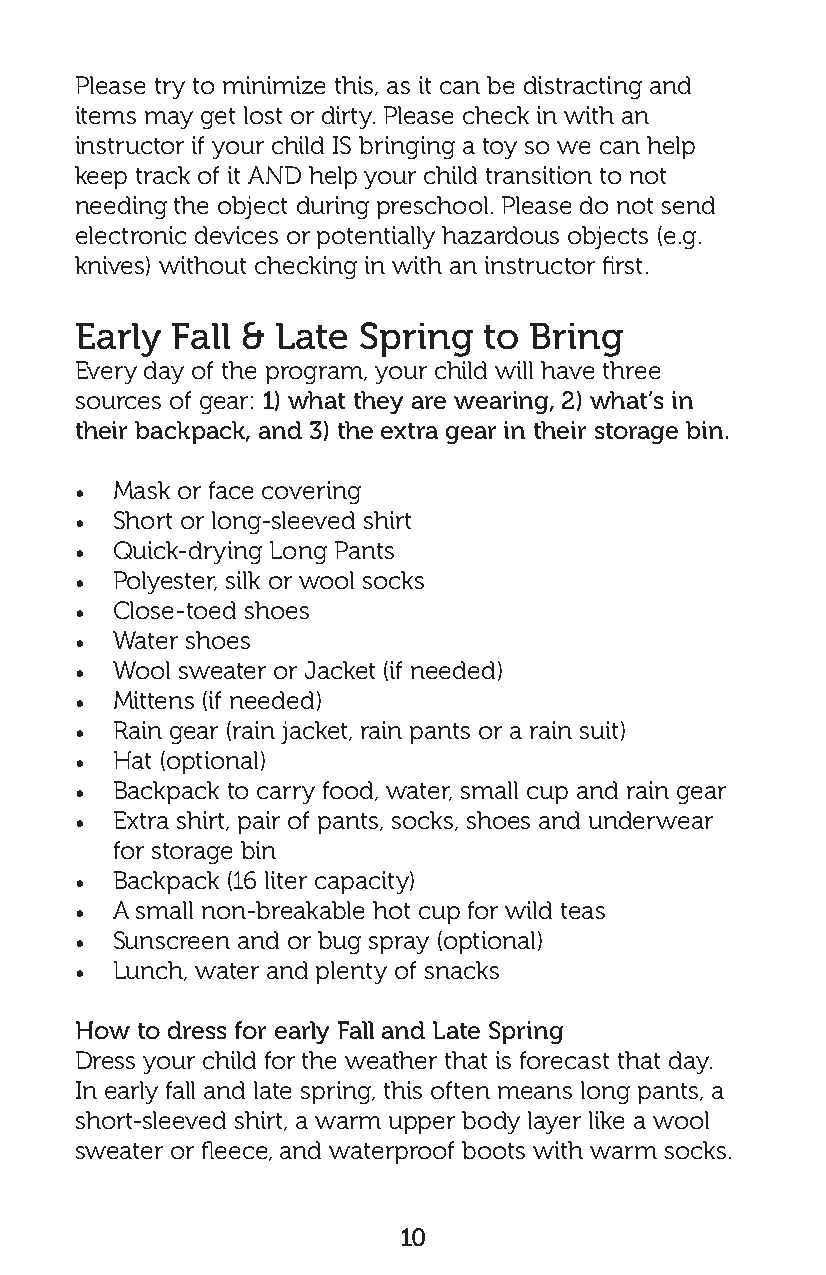
Please try to minimize this, as it can be distracting and
 items may get lost or dirty. Please check in with an
 instructor if your child IS bringing a toy so we can help
 keep track of it AND help your child transition to not
 needing the object during preschool. Please do not send
 electronic devices or potentially hazardous objects (e.g.
 knives) without checking in with an instructor first.
 Early Fall & Late  Spring  to Bring
 Every day of the program, your child will have three
 sources of gear: 1) what they are wearing, 2) what’s in
 their backpack, and 3) the extra gear in their storage bin.
 • Mask or face covering
 • Short or long-sleeved shirt
 • Quick-drying Long Pants
 • Polyester, silk or wool socks
 • Close-toed shoes
 • Water shoes
 • Wool sweater or Jacket (if needed)
 • Mittens (if needed)
 • Rain gear (rain jacket, rain pants or a rain suit)
 • Hat (optional)
 • Backpack to carry food, water, small cup and rain gear
 • Extra shirt, pair of pants, socks, shoes and underwear
 for storage bin
 • Backpack (16 liter capacity)
 • A small non-breakable hot cup for wild teas
 • Sunscreen and or bug spray (optional)
 • Lunch, water and plenty of snacks
 How to dress for early Fall and Late Spring
 Dress your child for the weather that is forecast that day.
 In early fall and late spring, this often means long pants, a
 short-sleeved shirt, a warm upper body layer like a wool
 sweater or fleece, and waterproof boots with warm socks.
 10